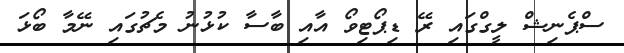
ސްޕެނިޝް ލީގްގަައި ރޭ ޑިޕޯޓިވޯ އާއި ބާސާ ކުޅުނު މެޗުގައި ނޭމާ ބޯޅަ